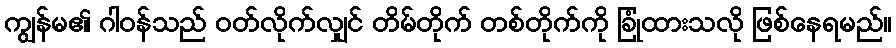
ကျွန်မ၏ ဂါဝန်သည် ဝတ်လိုက်လျှင် တိမ်တိုက် တစ်တိုက်ကို ခြုံထားသလို ဖြစ်နေရမည်။